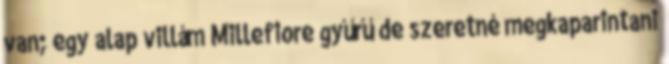
van; egy alap villám Millefiore gyűrű de szeretné megkaparintani